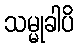
သမ္မုခါပိ